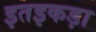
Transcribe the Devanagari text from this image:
इतइकड़ा